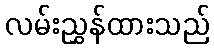
လမ်းညွှန်ထားသည်